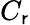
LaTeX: C_{\mathsf{r}}